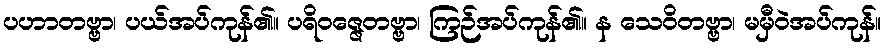
ပဟာတဗ္ဗာ၊ ပယ်အပ်ကုန်၏။ ပရိဝဇ္ဇေတဗ္ဗာ၊ ကြဉ်အပ်ကုန်၏။ န သေဝိတဗ္ဗာ၊ မမှီဝဲအပ်ကုန်။